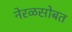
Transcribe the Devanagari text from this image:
नेरळसोबत